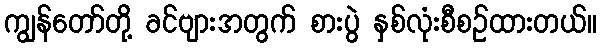
ကျွန်တော်တို့ ခင်ဗျားအတွက် စားပွဲ နှစ်လုံးစီစဉ်ထားတယ်။